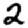
Digit: 2